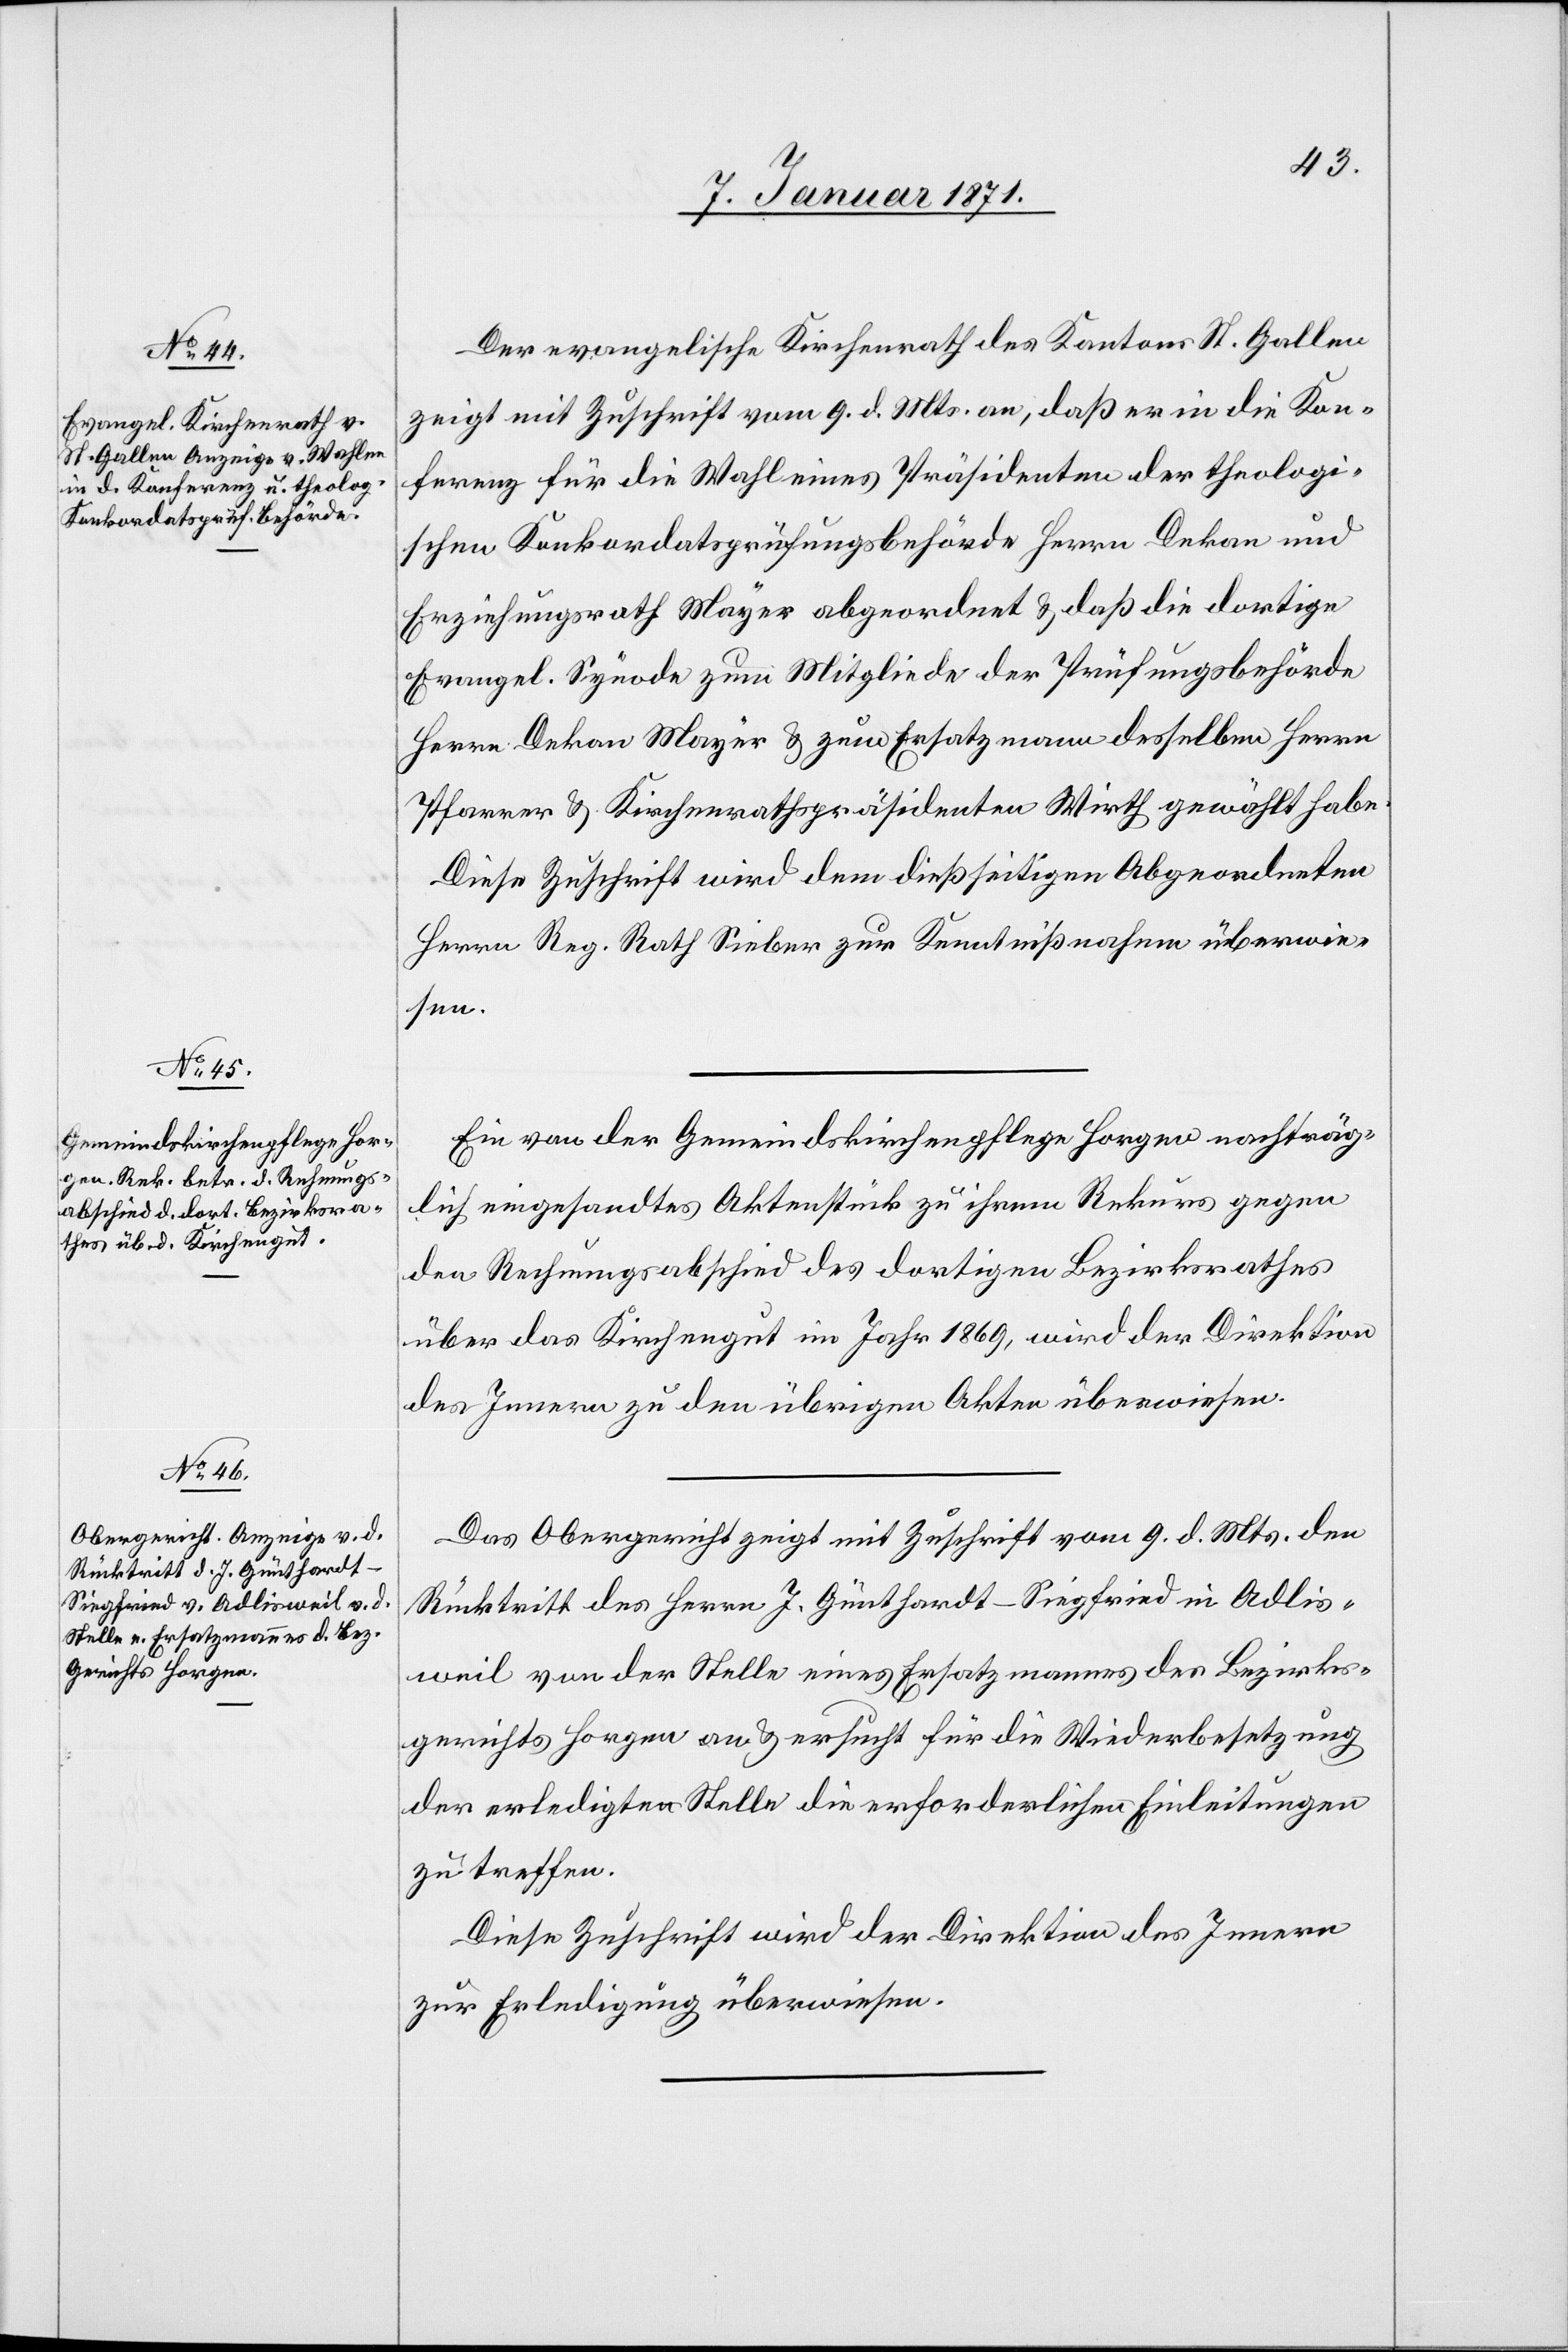
11. Januar 1871.]
Der evangelische Kirchenrath des Kantons St. Gallen
zeigt mit Zuschrift vom 9. d. Mts. an, daß er in die Kon¬
ferenz für die Wahl eines Präsidenten der theologi¬
schen Konkordatsprüfungsbehörde Herrn Dekan und
Erziehungsrath Mayer abgeordnet u. daß die dortige
Evangel. Synode zum Mitgliede der Prüfungsbehörde
Herrn Dekan Mayer u. zum Ersatzmann desselben Herrn
Pfarrer u. Kirchenrathspräsidenten Wirth gewählt habe.
Diese Zuschrift wird dem dießseitigen Abgeordneten
Herrn Reg. Rath Sieber zur Kenntnißnahme überwie¬
sen.
Ein von der Gemeindekirchenpflege Horgen nachträg¬
lich eingesandtes Aktenstück zu ihrem Rekurs gegen
den Rechnungsabschied des dortigen Bezirksrathes
über das Kirchengut im Jahr 1869, wird der Direktion
des Innern zu den übrigen Akten überwiesen.
Das Obergericht zeigt mit Zuschrift vom 9. d. Mts. den
Rücktritt des Herrn J. Günthardt-Siegfried in Adlis¬
weil von der Stelle eines Ersatzmannes des Bezirks¬
gerichts Horgen an u. ersucht für die Wiederbesetzung
der erledigten Stelle die erforderlichen Einleitungen
zu treffen.
Diese Zuschrift wird der Direktion des Innern
zur Erledigung überwiesen.